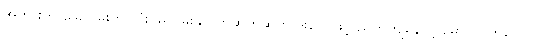
အဘွားက ခြေလှမ်းကို လုံးဝမလှမ်းနိုင် တဆတ်ဆတ် ဒူးတွေဖြင့် ညွတ်ကျနေလို့ မောင်သက်ဝေက